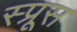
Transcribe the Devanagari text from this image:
स्‍प्रूस